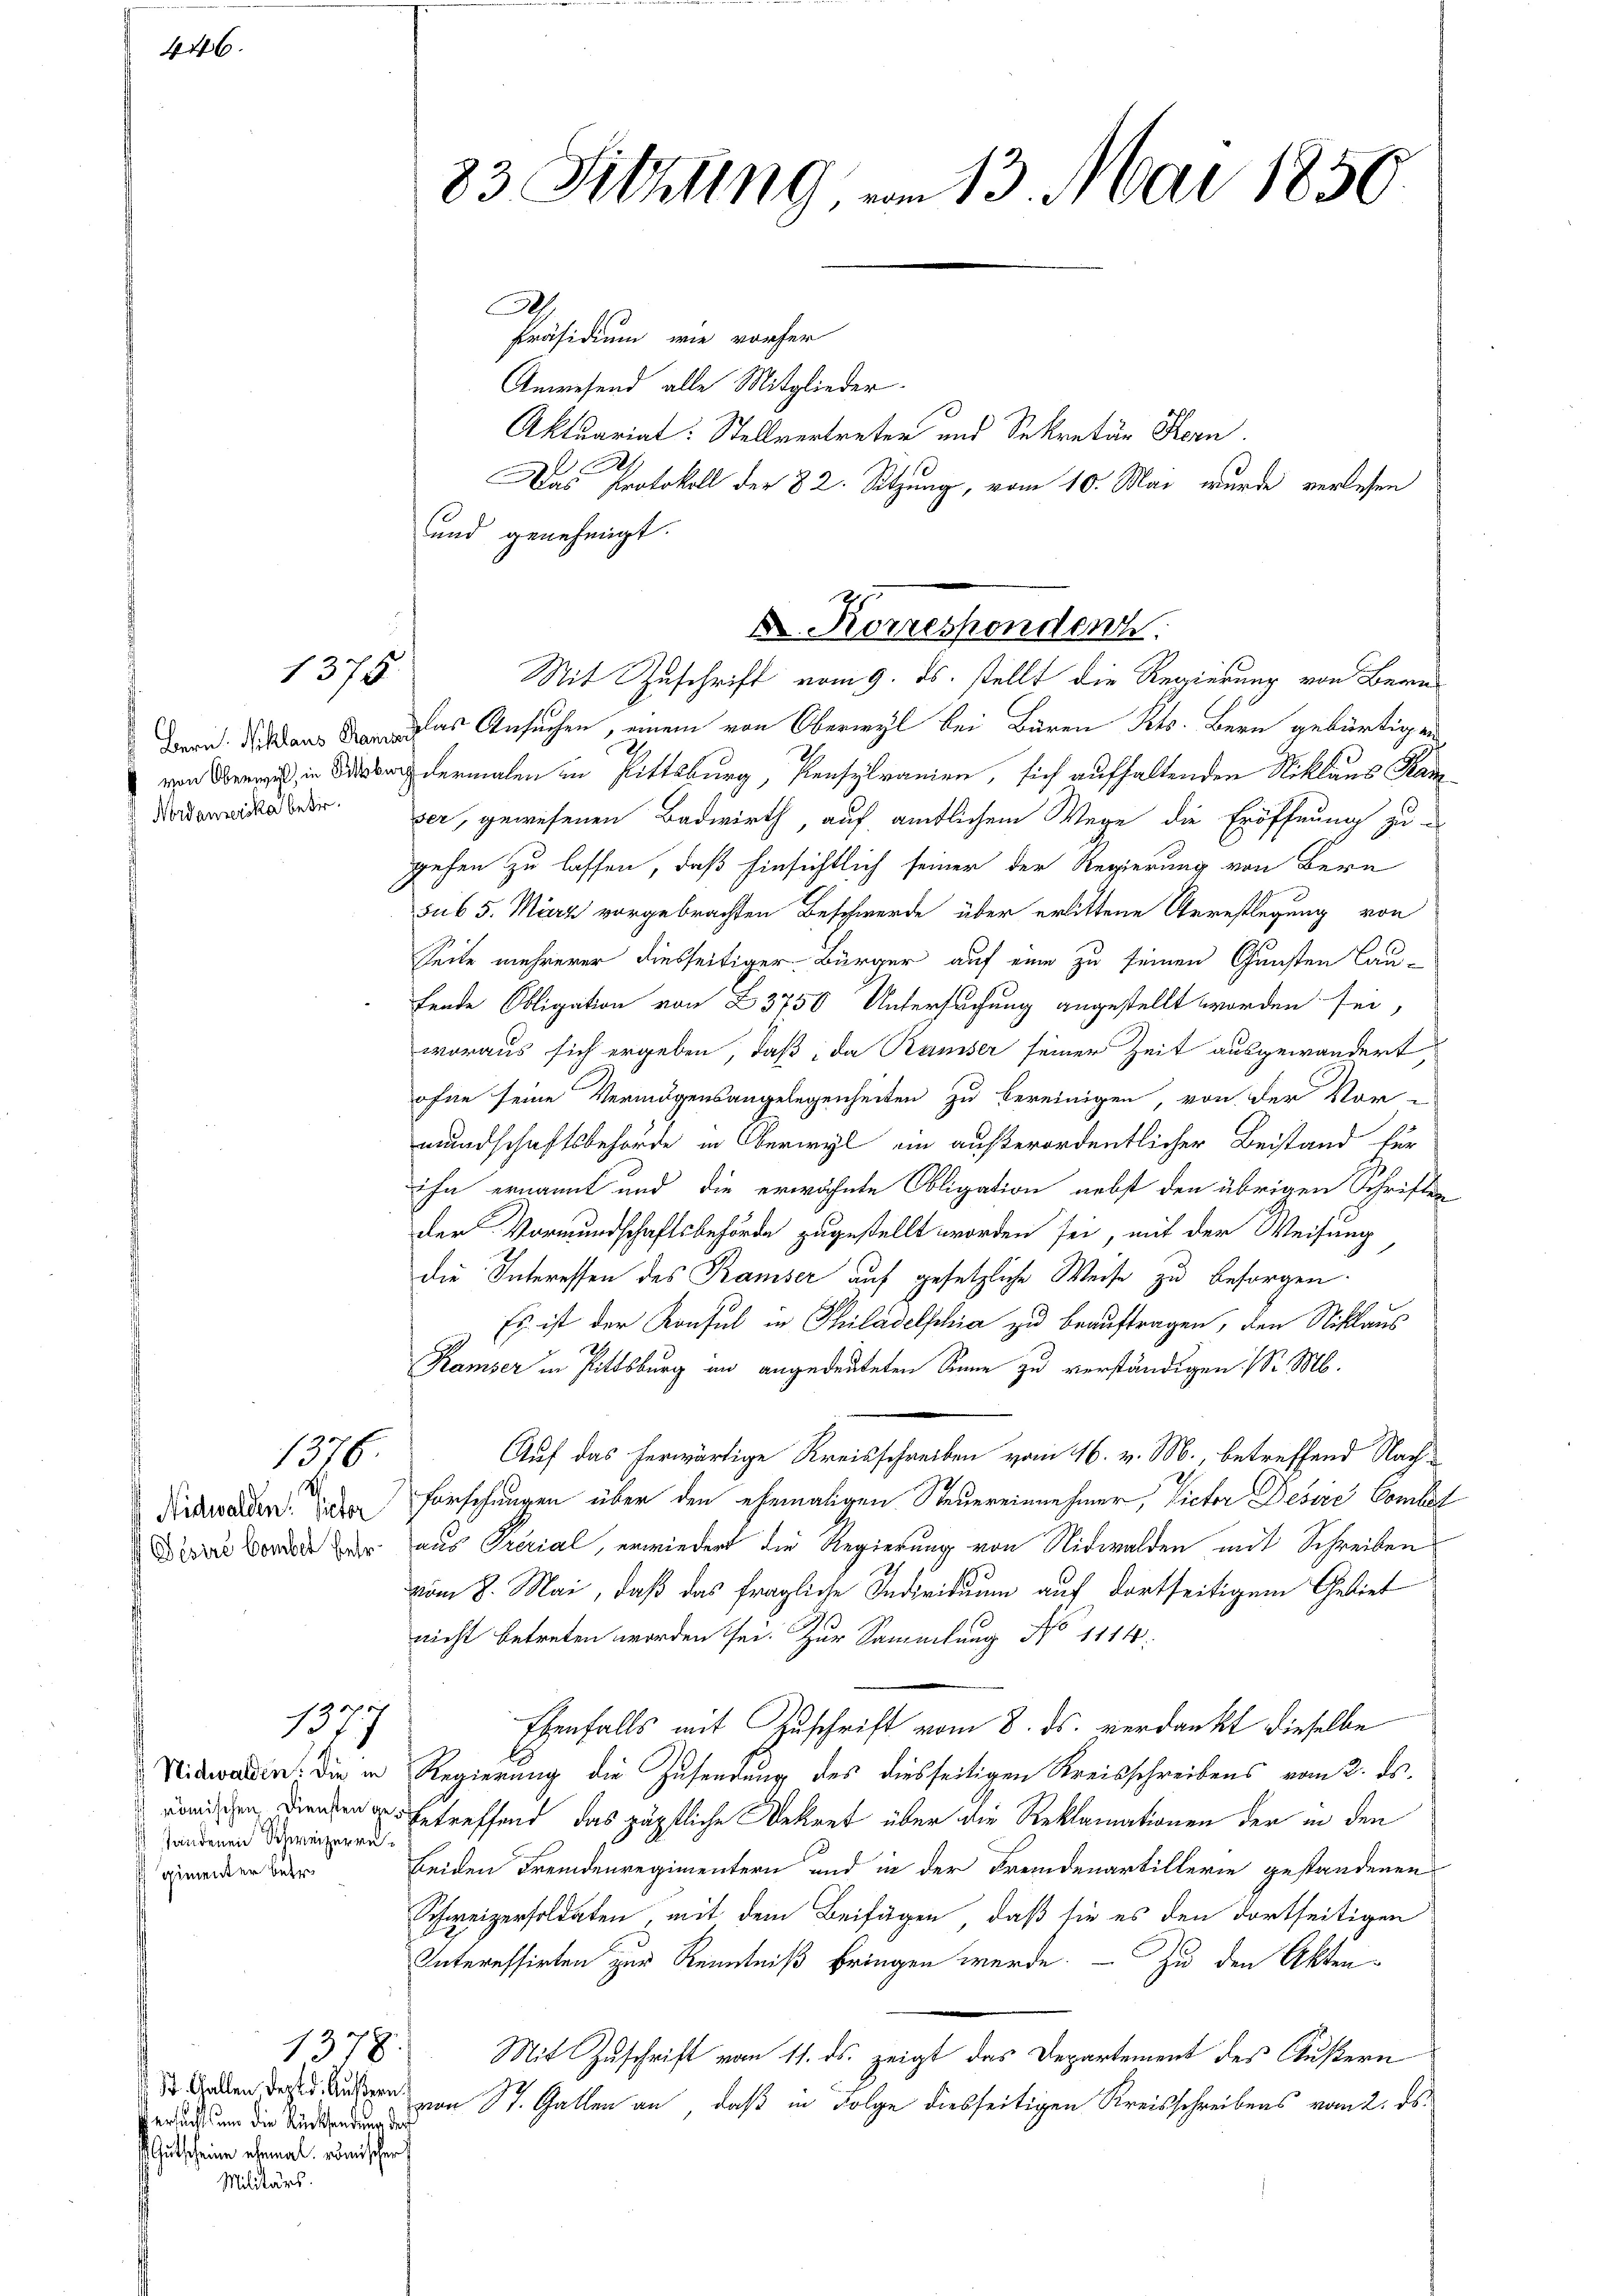
446.

1375

von Oberwyl, in Pittsbur
Nordamerika betr.

1376.

Nidwalden Victor
Sésire Comber sehr

1777

Nidwalden. Die in
 römischen Diensten gehandenen Schweizerregimenter betr.

St. Gallen, dept d. Äußern.
ersucht um die Rücksendung des
Gutscheine ehemal römischen
Militärs.

1378

83. Sitzung, vom 13. Mai 1850

2
Präsidium, wie vorher
Anwesend alle Mitglieder.
Aktuariat: Stellvertreter und Sekretär Hern.
h
Das Protokoll der 82. Sitzung, vom 10. Mai wurde verlesen
und genehmigt.
Dieas Ansuchen, einem von Oberwyl bei Bären Kts. Bern gebürtigen
dermalen in Pittsburg, Pensylranien, sich aufhaltenden Niklaus Ram
ser, gewesenen Badwirth, auf amtlichem Wege die Eröffnung zu
gehen zu lassen, daß hinsichtlich seiner der Regierung von Bern
sub 5. Mir vorgebrachten Beschwerde über erlittene Arrestlegung von
Seite mehrerer diesseitiger Bürger auf eine zu seinen Gunsten Lau-
fende Obligation von 23750 Untersuchung angestellt worden sei,
woraus sich ergeben, daß da Ramser seiner Zeit ausgewandert,
ohne seine Vermögensangelegenheiten zu bereinigen, von der Vor-
mundschaftsbehörde in Oberwyl ein außerordentlicher Beistand für
ihn ernannt und die erwähnte Obligation nebst den übrigen Schrifte
der Vormundschaftsbehörde zugestellt worden sei, mit der Weisung
die Interessen des Ramser auf gesetzliche Weise zu besorgen.
Es ist der Konsul in Philadelphia zu beauftragen, den Niklaus
Kamser in Pittsburg im angedeuteten Sinne zu verständigen. (S. M.
Auf das herwärtige Kreisschreiben vom 16. v. M., betreffend Nach¬
Forschungen über den ehemaligen Steuereinnehmer, Victor Desire Comtet
aus Prerial, erwiedert die Regierung von Nidwalden mit Schreiben
vom 8. Mai, daß das fragliche Individuum auf dortseitigem Gebiet
nicht betreten worden sei. Zur Sammlung No 1114.
Ebenfalls mit Zuschrift vom 8. ds. verdankt dieselbe
Regierung die Zusendung des diesseitigen Kreisschreibens vom 2. ds.
betreffend das päpstliche Dekret über die Reklamationen der in den
beiden Fremdenregimentern und in der Fremdenartillerie gestandenen
Schweizersoldaten mit dem Beifügen, daß sie es den dortseitigen
Interessirten zur Kenntniß bringen werde. — Zu den Akten¬
Mit Zuschrift vom 11. ds. zeigt das Departement des Äußern
von St. Gallen an, daß in Folge diesseitigen Kreisschreibens vom 2. ds.

X. Korresponden
Mit Zuschrift vom 9. ds. stellt die Regierung von Bern